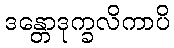
ဒန္တောဒုက္ခလိကာပိ